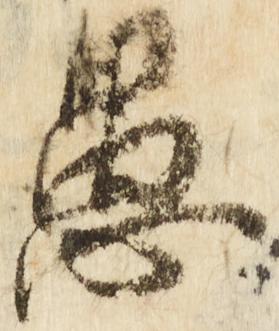
愚